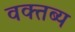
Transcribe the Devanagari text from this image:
वक्‍तब्‍य